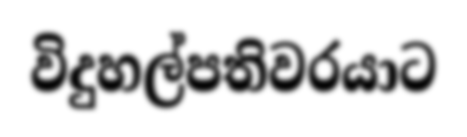
විදුහල්පතිවරයාට